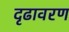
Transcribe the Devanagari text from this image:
दृढावरण